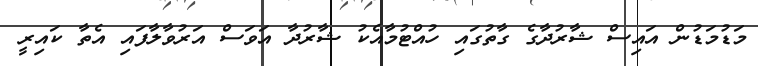
މަޑުމަޑުން އައިސް ޝާރުދާގެ ގާތުގައި ހުއްޓުމާއެކު ޝާރުދާ އަވަސް އަރުވާލާފައި އެތާ ކައިރީ